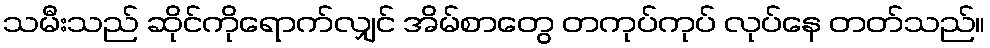
သမီးသည် ဆိုင်ကိုရောက်လျှင် အိမ်စာတွေ တကုပ်ကုပ် လုပ်နေ တတ်သည်။